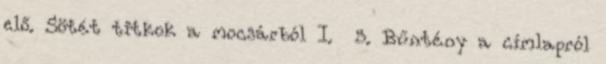
elő. Sötét titkok a mocsárból I. 5. Bűntény a címlapról